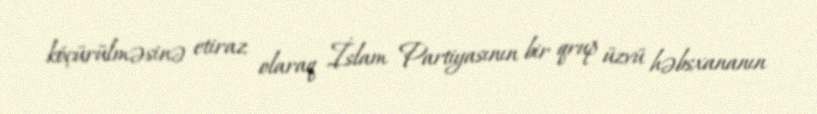
köçürülməsinə etiraz olaraq İslam Partiyasının bir qrup üzvü həbsxananın